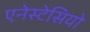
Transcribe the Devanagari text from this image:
एनेस्टेसियो